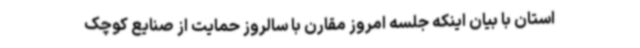
استان با بیان اینکه جلسه امروز مقارن با سالروز حمایت از صنایع کوچک